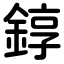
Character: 錞